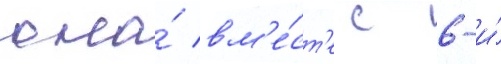
она́ вм'е́ст'е с 6-и́